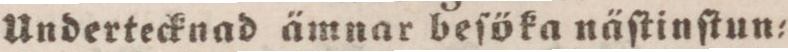
Undertecknad ämnar beſöka näſtinſtun=